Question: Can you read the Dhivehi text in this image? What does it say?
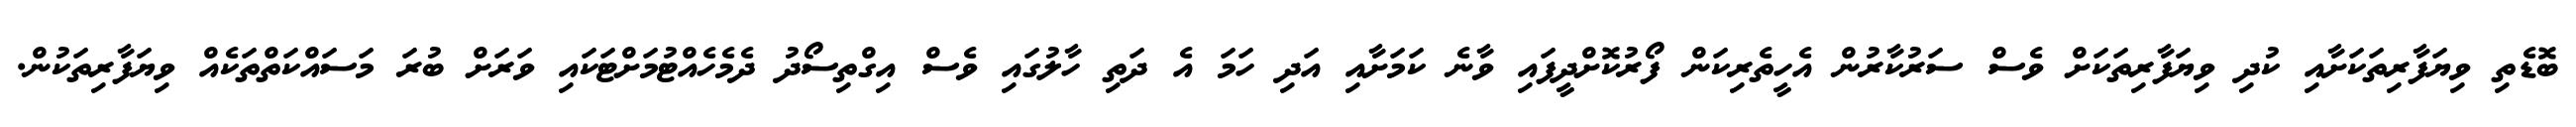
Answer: ބޮޑެތި ވިޔަފާރިތަކަށާއި ކުދި ވިޔަފާރިތަކަށް ވެސް ސަރުކާރުން އެހީތެރިކަން ފޯރުކޮށްދީފައި ވާނެ ކަމަށާއި އަދި ހަމަ އެ ދަތި ހާލުގައި ވެސް އިގްތިސޯދު ދެމެހެއްޓުމަށްޓަކައި ވަރަށް ބުރަ މަސައްކަތްތަކެއް ވިޔަފާރިތަކުން.